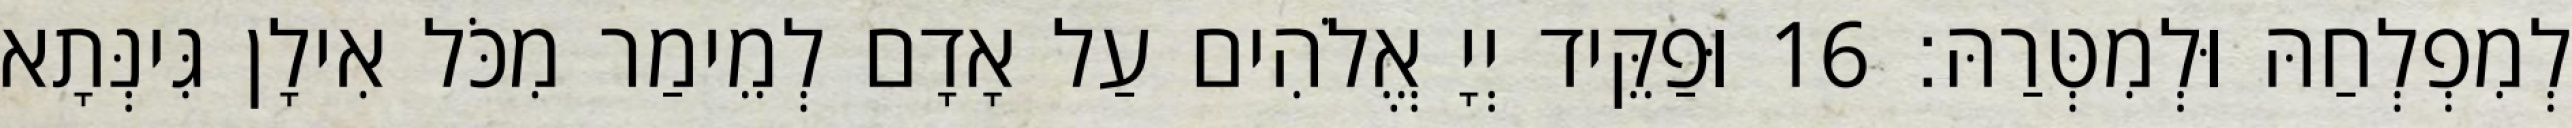
לְמִפְלְחַהּ וּלְמִטְּרַהּ׃ 16 וּפַקֵּיד יְיָ אֱלֹהִים עַל אָדָם לְמֵימַר מִכֹּל אִילָן גִּינְּתָא